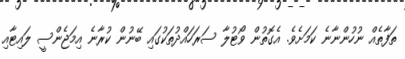
ތަފާތެއް ނުހުންނާނެ ކަމަށެވެ. އެގޮތުން ވޯޓުލާ ސަރަހައްދުތަކުގައި ބޭނުން ކުރާނެ އިމަޖެންސީ ލައިޓާއި